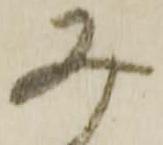
み